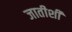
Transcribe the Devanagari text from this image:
जातीशीं